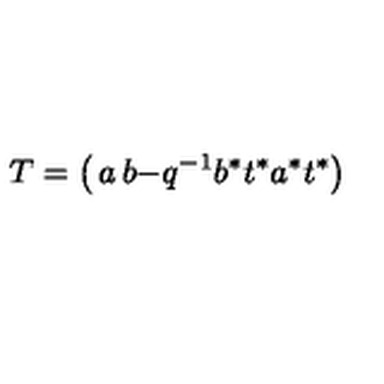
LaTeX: T = \left( \begin{matrix} { a } & { b } \\ { - q \sp { - 1 } b \sp * t \sp * } & { a \sp * t \sp * } \\ \end{matrix} \right) \,